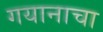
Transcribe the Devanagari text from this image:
गयानाचा